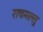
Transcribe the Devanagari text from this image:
राचमल्लु